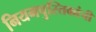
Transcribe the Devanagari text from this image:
नियमपुस्तिकांची